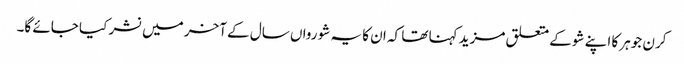
کرن جوہر کا اپنے شو کے متعلق مزید کہنا تھا کہ ان کا یہ شو رواں سال کے آخر میں نشر کیا جائے گا۔